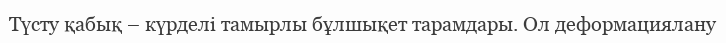
Түсту қабық – күрделі тамырлы бұлшықет тарамдары. Ол деформациялану